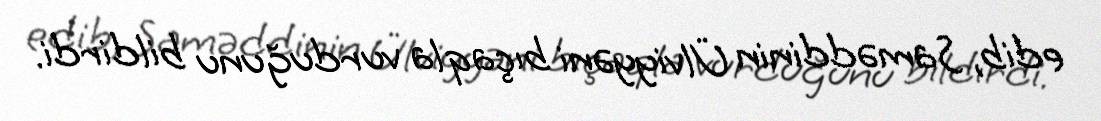
edib, Saməddinin Ülviyyəni bıçaqla vurduğunu bildirdi.